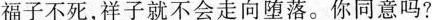
福子不死，祥子就不会走向堕落。你同意吗?